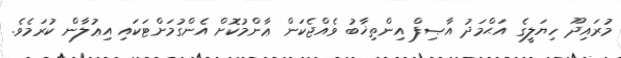
މުރައިދޫ ހިޔަލީގެ އަޙްމަދު އާޞިފް އިންތިޚާބު ވެއްޖެކަން ޢާންމުކޮށް އެންގުމަށްޓަކައި އިޢުލާން ކުރަމެވެ.